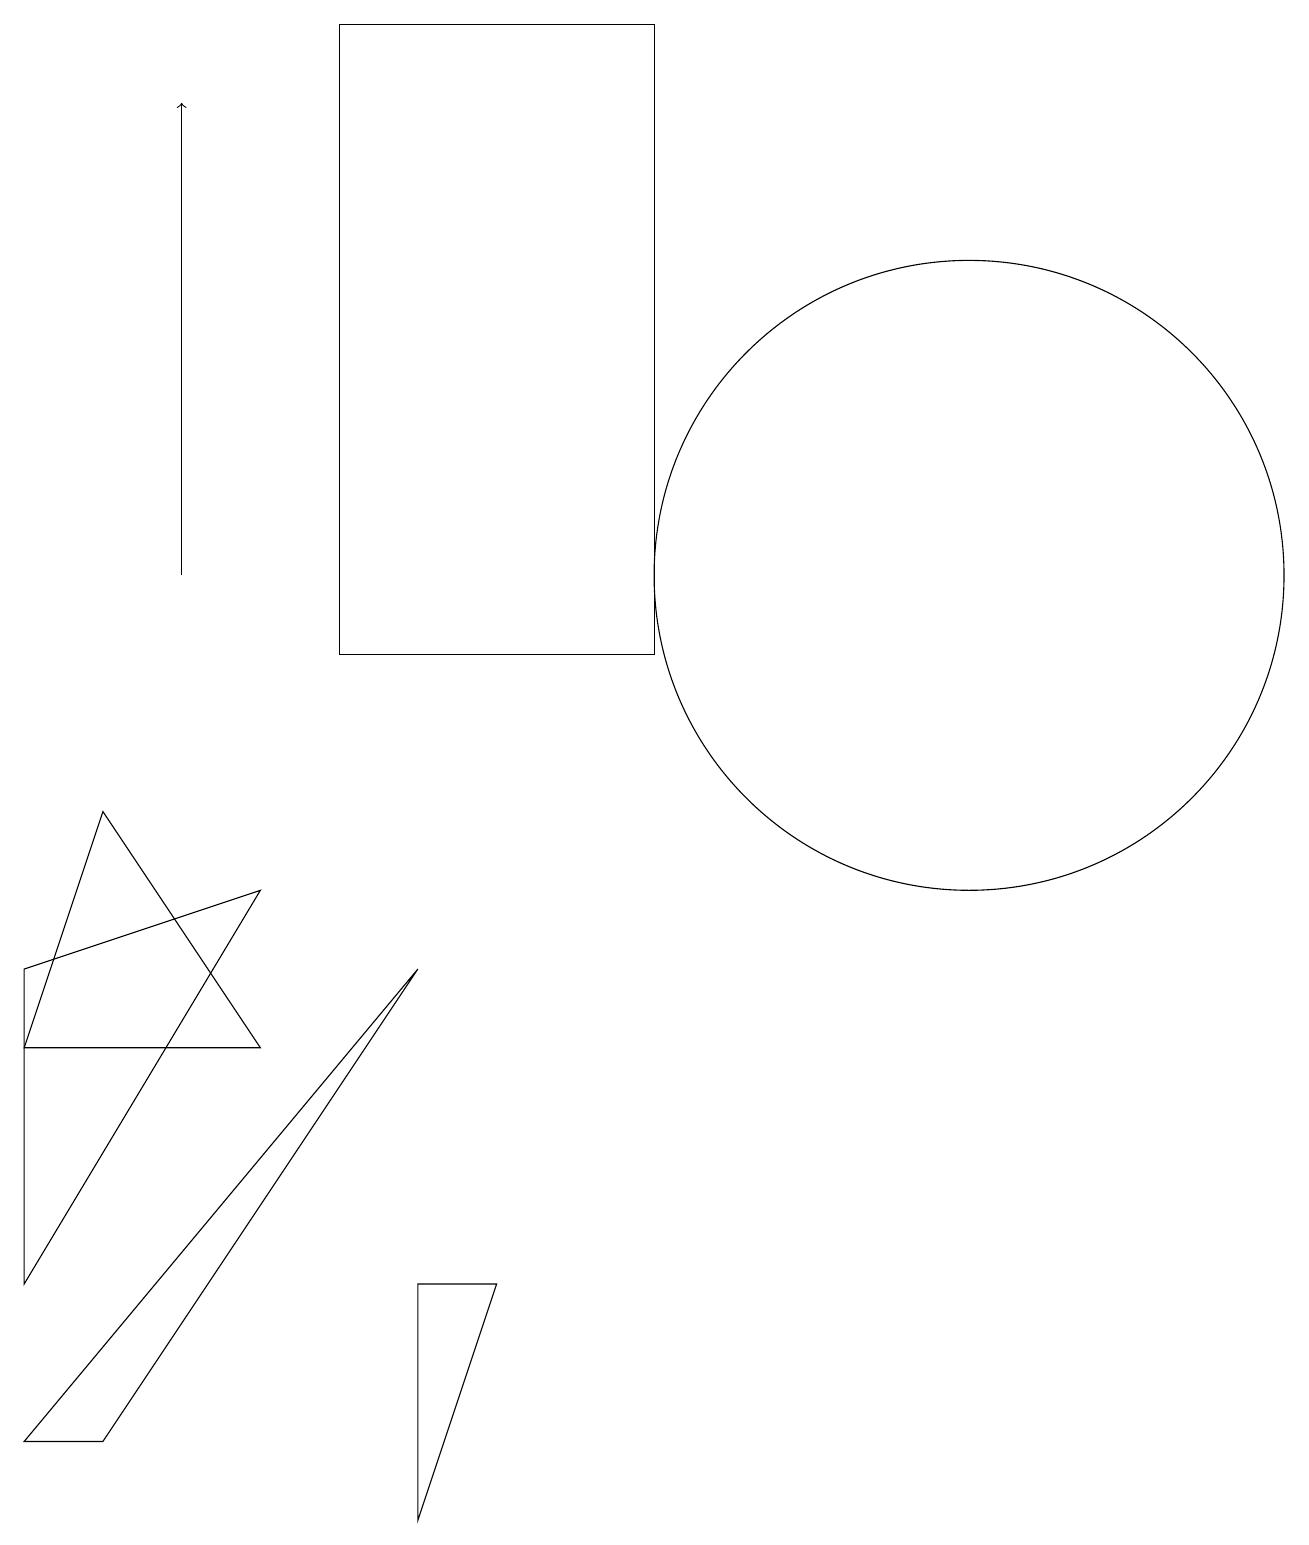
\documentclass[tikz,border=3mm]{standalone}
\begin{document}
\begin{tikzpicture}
\draw (6,3) -- (5,0) -- (5,3) -- cycle;
\draw (8,11) rectangle (4,19);
\draw (12,12) circle (4);
\draw (0,1) -- (5,7) -- (1,1) -- cycle;
\draw (3,6) -- (1,9) -- (0,6) -- cycle;
\draw[->] (2,12) -- (2,18);
\draw (0,3) -- (3,8) -- (0,7) -- cycle;
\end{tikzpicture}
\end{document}